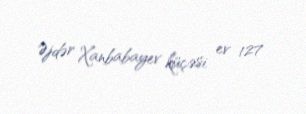
Əjdər Xanbabayev küçəsi, ev 127